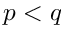
p < q